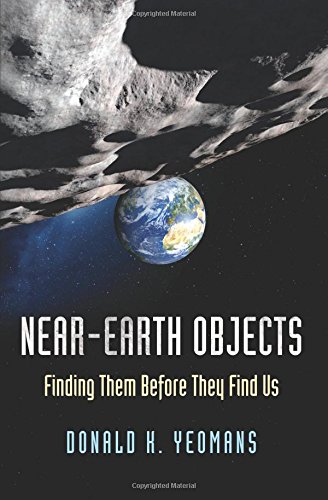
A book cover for Near-Earth Objects: Finding Them Before They Find Us; Donald K. Yeomans; Science & Math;